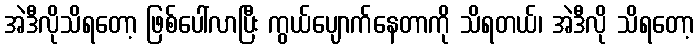
အဲဒီလိုသိရတော့ ဖြစ်ပေါ်လာပြီး ကွယ်ပျောက်နေတာကို သိရတယ်၊ အဲဒီလို သိရတော့